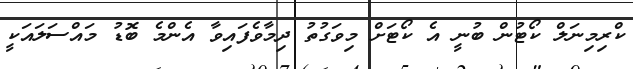
ކްރިމިނަލް ކޯޓުން ބުނީ އެ ކޯޓަށް މިވަގުތު ދިމާވެފައިވާ އެންމެ ބޮޑު މައްސަލައަކީ